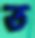
ত